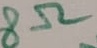
Text: 8Ω